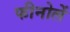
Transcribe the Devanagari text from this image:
फीनोलें